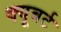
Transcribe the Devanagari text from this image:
क्यूबर्ट